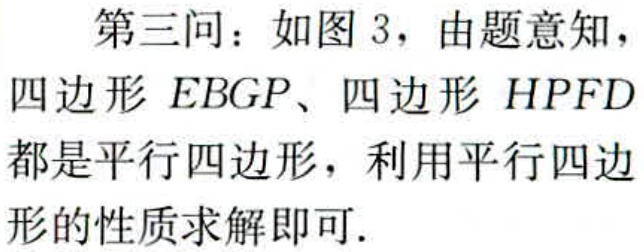
第三问：如图 3，由题意知，
四边形 \(EBGP\)、四边形 \(HPFD\)
都是平行四边形，利用平行四边
形的性质求解即可.